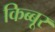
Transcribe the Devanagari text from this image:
किब्बूर